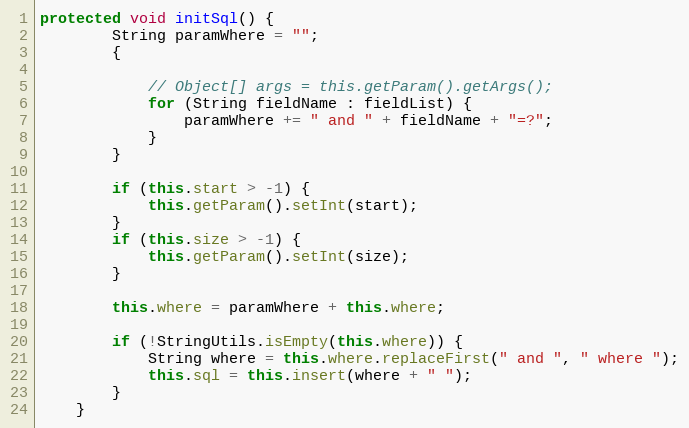
Language: Java
protected void initSql() {
		String paramWhere = "";
		{

			// Object[] args = this.getParam().getArgs();
			for (String fieldName : fieldList) {
				paramWhere += " and " + fieldName + "=?";
			}
		}

		if (this.start > -1) {
			this.getParam().setInt(start);
		}
		if (this.size > -1) {
			this.getParam().setInt(size);
		}

		this.where = paramWhere + this.where;

		if (!StringUtils.isEmpty(this.where)) {
			String where = this.where.replaceFirst(" and ", " where ");
			this.sql = this.insert(where + " ");
		}
	}